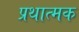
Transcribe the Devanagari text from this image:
प्रथात्मक